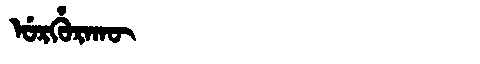
Manchu: ᡠᡵᡥᡠᡵᠠᡴᡡ
Romanization: URHURAKŪ